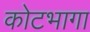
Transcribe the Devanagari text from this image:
कोटभागा